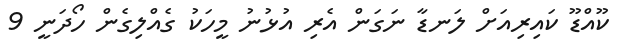
ކޫއްޑޫ ކައިރިއަށް ލަނޑާ ނަގަން އެރި އުޅުނު މީހަކު ގެއްލިގެން ހޯދަނީ 9